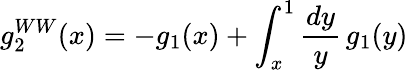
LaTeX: g_{2}^{WW}(x)=-g_{1}(x)+\int_{x}^{1}\frac{dy}{y}\, g_{1}(y)